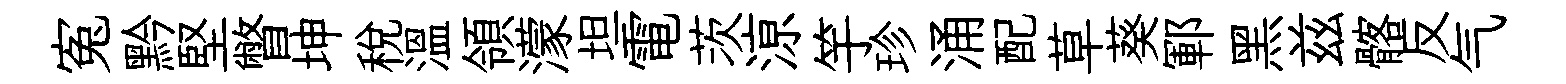
寃黔堅瞥坤稅溫領濛坦電茨鿌竽珍涌配草葵鄆黑兹髂反气